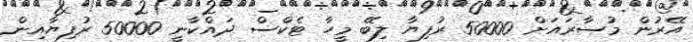
އޭރުން މުސާރައަށް 50000 ރުފިޔާ ލިބޭ މީހާ ޓެކްސް ދައްކާނީ 50000 ރުފިޔާއިން